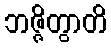
ဘဇ္ဇိတွာတိ